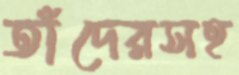
তাঁদেরসহ